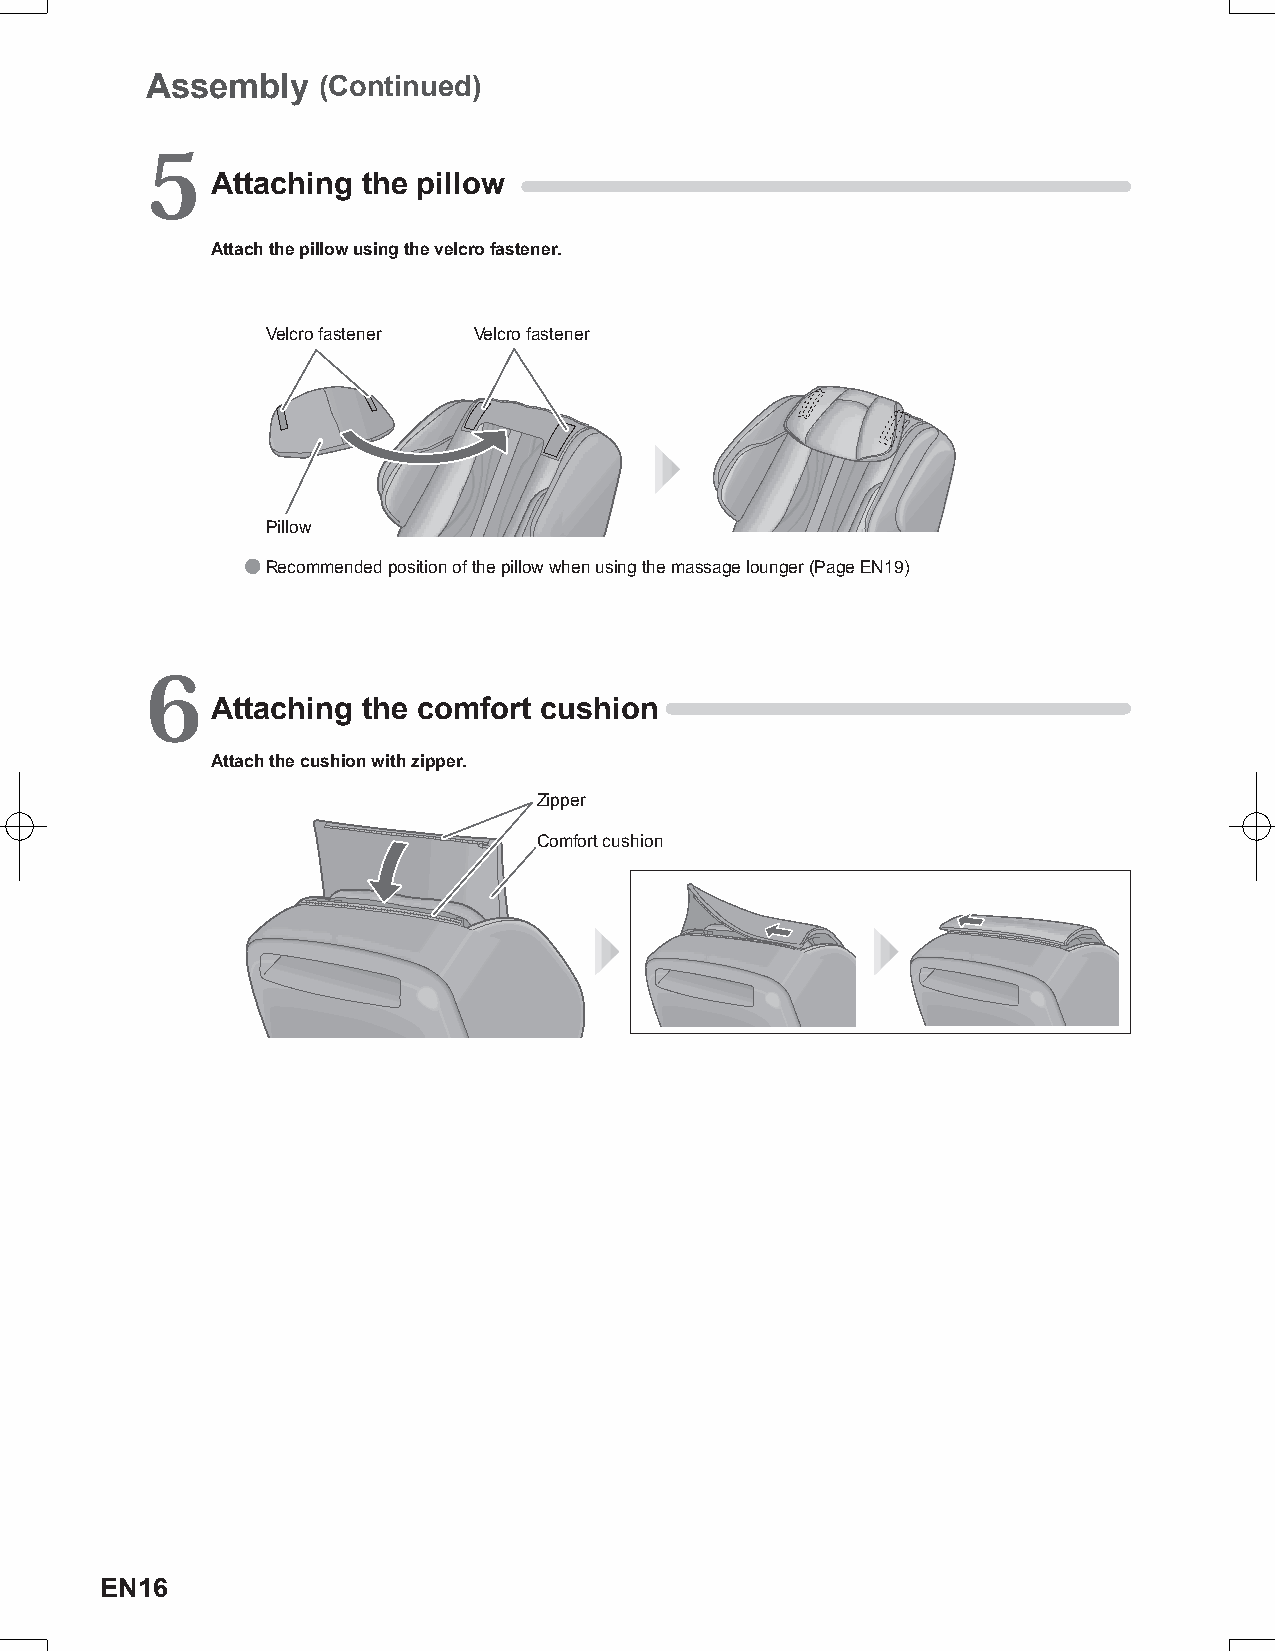
Assembly   (Continued)
 5
 Attaching the pillow
 Attach the pillow using the velcro fastener.
 Velcro fastener Velcro fastener
 Pillow
 ● Recommended position of the pillow when using the massage lounger (Page EN19)
 6
 Attaching the comfort cushion
 Attach the cushion with zipper.
 Zipper
 Comfort cushion
 EN16